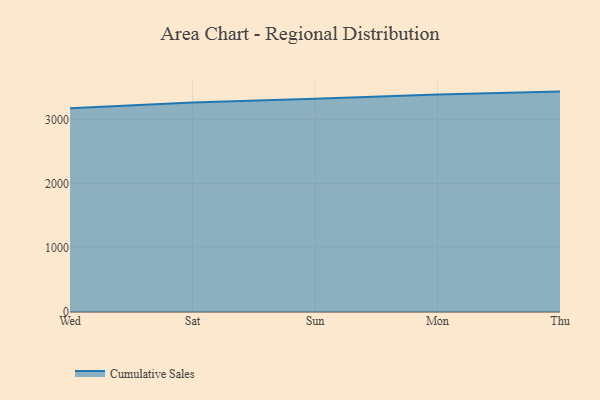
{"axis": {"x": "Day", "y": "Population (Million)"}, "legend": ["Cumulative Sales"], "data": [{"x": "Wed", "y": 3172.4, "type": "Cumulative Sales"}, {"x": "Sat", "y": 3261.2, "type": "Cumulative Sales"}, {"x": "Sun", "y": 3322.6, "type": "Cumulative Sales"}, {"x": "Mon", "y": 3387.0, "type": "Cumulative Sales"}, {"x": "Thu", "y": 3432.8, "type": "Cumulative Sales"}]}